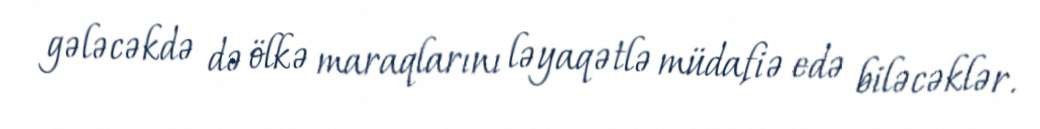
gələcəkdə də ölkə maraqlarını ləyaqətlə müdafiə edə biləcəklər.